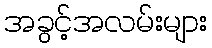
အခွင့်အလမ်းများ